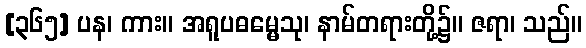
[၃၆၅] ပန၊ ကား။ အရူပဓမ္မေသု၊ နာမ်တရားတို့၌။ ဇရာ၊ သည်။